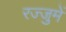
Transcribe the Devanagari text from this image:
रज्जुमें